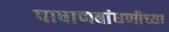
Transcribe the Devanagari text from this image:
पाषाणबांधणीच्या